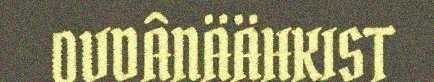
OVDÂNÄÄHKIST